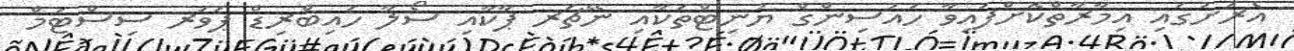
އެރަށުގައި އިމާރާތްކޮށްފައިވާ ހައުސިންގް ޔުނިޓްތަކާއި ނޭޗަރ ޕާކާއި ސޯލާ ހައިބްރިޑް ޕަވަރ ސިސްޓަމް